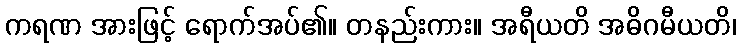
ကရဏ အားဖြင့် ရောက်အပ်၏။ တနည်းကား။ အရီယတိ အဓိဂမီယတိ၊